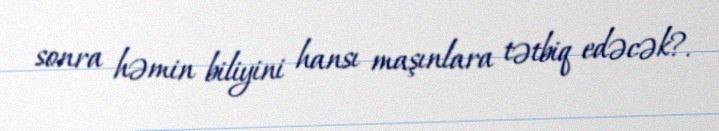
sonra həmin biliyini hansı maşınlara tətbiq edəcək?.